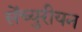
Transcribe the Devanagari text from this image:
सेंच्युरीयन